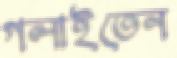
গলাইতেন